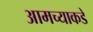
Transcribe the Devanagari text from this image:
आमच्‍याकडे